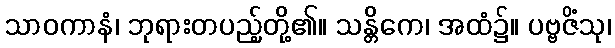
သာဝကာနံ၊ ဘုရားတပည့်တို့၏။ သန္တိကေ၊ အထံ၌။ ပဗ္ဗဇိံသု၊